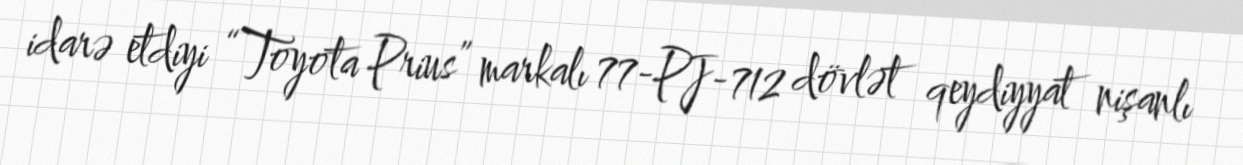
idarə etdiyi “Toyota Prius” markalı 77-PJ-712 dövlət qeydiyyat nişanlı